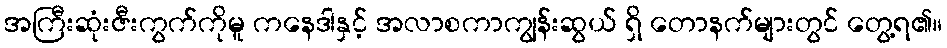
အကြီးဆုံးဇီးကွက်ကိုမူ ကနေဒါနှင့် အလာစကာကျွန်းဆွယ် ရှိ တောနက်များတွင် တွေ့ရ၏။